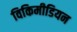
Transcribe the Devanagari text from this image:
विकिमीडियन